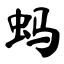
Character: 蚂